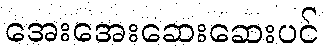
အေးအေးဆေးဆေးပင်